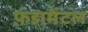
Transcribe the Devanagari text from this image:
फ़ंडामेंटल